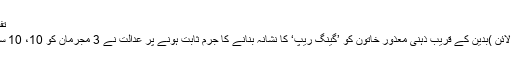
تفصیلات سامنے آ گئیں
بدین (ڈیلی پاکستان آن لائن )بدین کے قریب ذہنی معذور خاتون کو ’گینگ ریپ‘ کا نشانہ بنانے کا جرم ثابت ہونے پر عدالت نے 3 مجرمان کو 10، 10 سال قید کی سزا سنادی۔